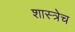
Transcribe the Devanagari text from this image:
शास्त्रेच